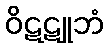
ဝိဋဋူဘံ